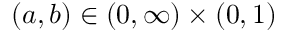
( a , b ) \in ( 0 , \infty ) \times ( 0 , 1 )